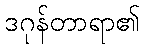
ဒဂုန်တာရာ၏